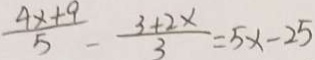
\frac { 4 x + 9 } { 5 } - \frac { 3 + 2 x } { 3 } = 5 x - 2 5